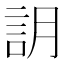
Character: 䚴